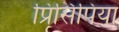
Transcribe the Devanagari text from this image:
प्रिसिपिया